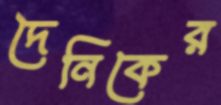
দৈনিকের